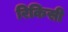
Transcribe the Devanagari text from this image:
रिकिसी